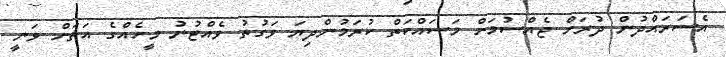
އެސަރައްދުން ދުރަށް ޖެއްސުމަށް މަސައްކަތް ކުރަމުންދިޔަ ވަގުތު ވެއްޓުނު މީހެއްގެ އަތަށް ވަނީ